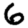
Digit: 6